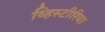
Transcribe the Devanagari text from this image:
व्हिस्टीरिया